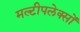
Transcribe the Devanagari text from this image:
मल्टीपलेक्सों